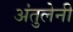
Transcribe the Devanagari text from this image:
अंतुलेनी